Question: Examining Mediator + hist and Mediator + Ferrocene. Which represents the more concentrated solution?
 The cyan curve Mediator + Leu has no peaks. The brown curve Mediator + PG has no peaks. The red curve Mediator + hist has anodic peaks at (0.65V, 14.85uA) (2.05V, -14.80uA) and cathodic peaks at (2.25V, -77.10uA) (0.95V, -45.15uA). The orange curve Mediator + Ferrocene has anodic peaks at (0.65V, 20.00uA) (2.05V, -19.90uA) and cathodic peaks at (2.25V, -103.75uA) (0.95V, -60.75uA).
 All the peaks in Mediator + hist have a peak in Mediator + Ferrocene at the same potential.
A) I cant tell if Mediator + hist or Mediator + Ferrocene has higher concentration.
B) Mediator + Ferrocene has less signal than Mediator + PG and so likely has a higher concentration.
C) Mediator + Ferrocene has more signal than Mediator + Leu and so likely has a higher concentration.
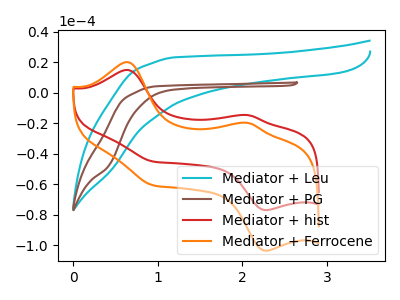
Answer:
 <answer>A) I cant tell if "Mediator + hist" or "Mediator + Ferrocene" has higher concentration.</answer>
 <eval>A</eval>